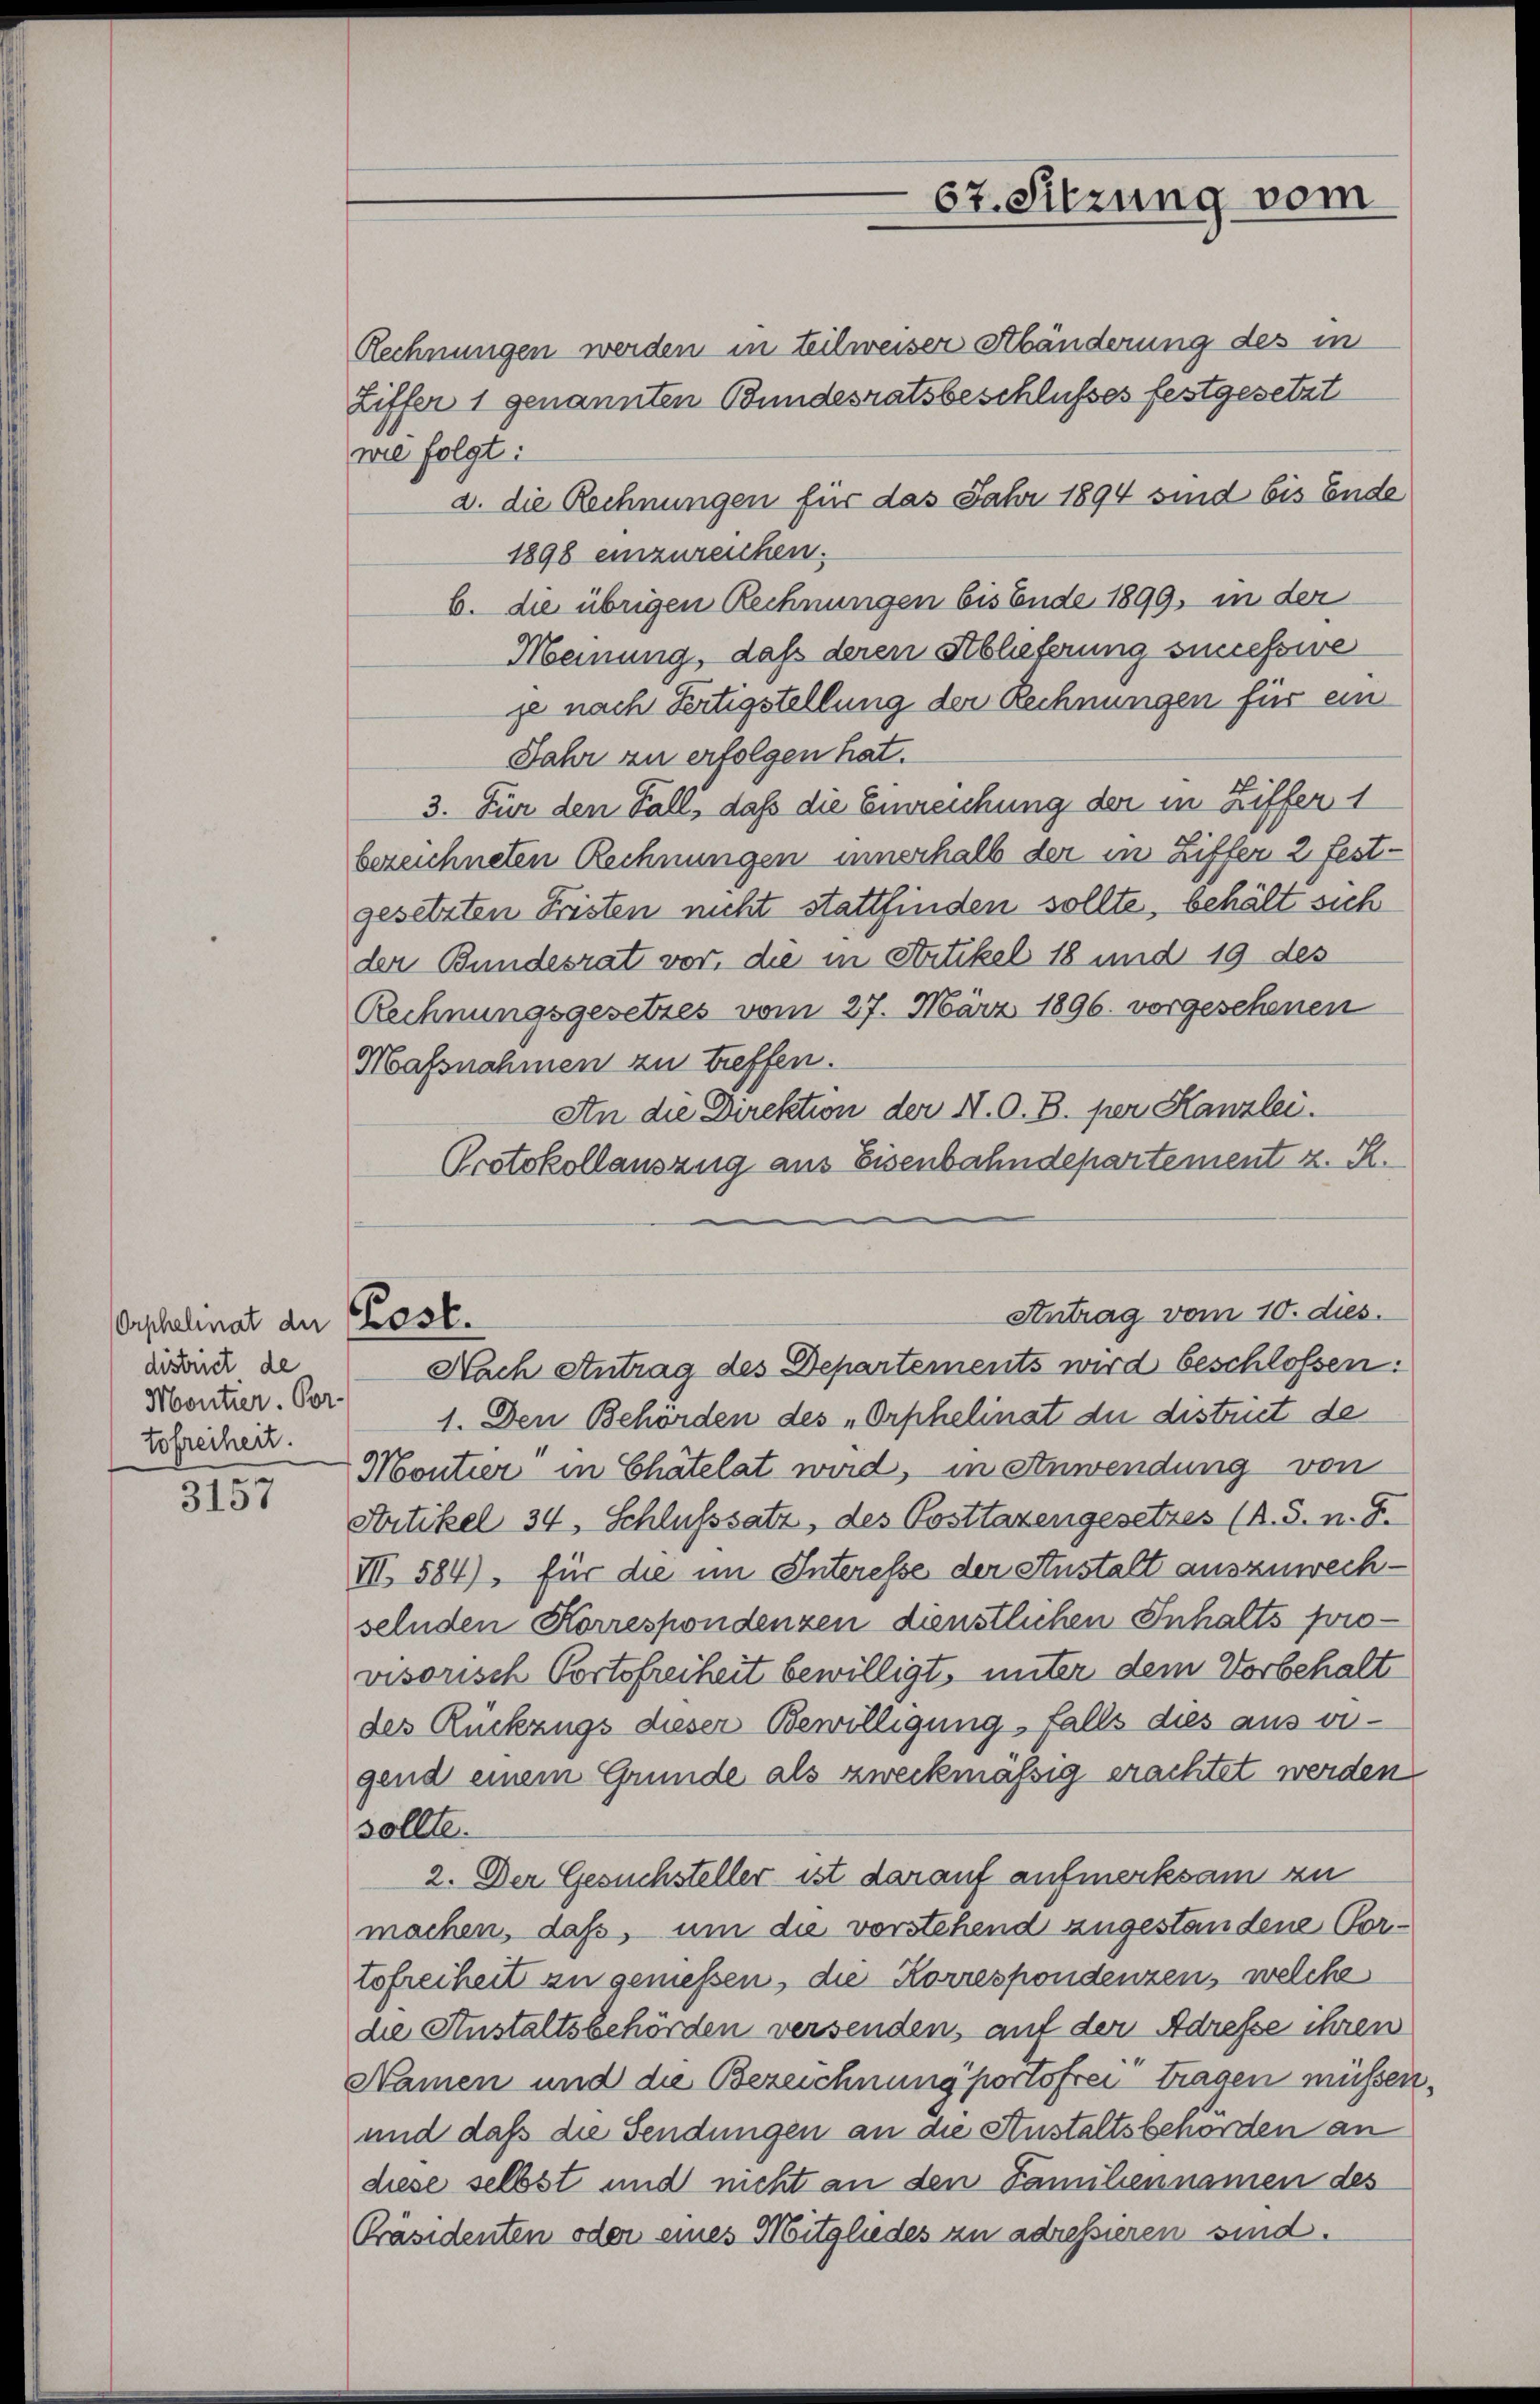
Orschalinat der Past
district de
Montier. Vor-
tofreiheit.

3157

67. Sitzung vom

Rechnungen werden in teilweiser Abänderung des in
Ziffer 1 genannten Bundesratsbeschlußes festgesetzt
wie folgt:
a. die Rechnungen für das Jahr 1894 sind bis Ende
1898 einzureichen.
b. die übrigen Rechnungen bis Ende 1899, in der
Meinung, daß deren Stblieferung successie
je nach Fertigstellung der Rechnungen für ein
Jahr zu erfolgen hat.
3. Für den Fall, daß die Einreichung der in Ziffer 1
bezeichneten Rechnungen innerhalb der in Liffer 2 festgesetzten Fristen nicht stattfinden sollte, behält sich
der Bundesrat vor, die in Artikel 18 und 19 des
Rechnungsgesetzes vom 27. März 1896 vorgesehenen
Maßnahmen zu treffen.
An die Direktion der N. O. B. per Kanzlei.
Protokollauszug aus Eisenbahndepartement z. R.
Antrag vom 10. dies.
Nach Antrag des Departements wird beschlossen:
1. Den Behörden des „Orphelinat die district de
Moutier in Chatelat wird, in Anwendung von
Artikel 34, Schlußsatz, des Posttarengesetzes (s. S. n. F.
VI. 584), für die im Interesse der Anstalt auszuwechselnden Korrespondenzen dienstlichen Inhalts provisorisch Portofreiheit bewilligt, unter dem Vorbehalt
des Rückzugs dieser Bewilligung, falls dies aus vigend einem Grunde als zweckmässig erachtet werden
sollte.
2. Der Gesuchsteller ist darauf aufmerksam zu
machen, daß, um die vorstehend zugestandene Vortofreiheit zu geniessen, die Korrespondenzen, welche
die Anstaltsbehörden versenden, auf der Adresse ihren
Namen und die Bezeichnung portofrei tragen müsser
und daß die Sendungen an die Austaltsbehörden an
diese selbst und nicht an den Familiennamen des
Präsidenten oder eines Mitgliedes zu adressieren sind.